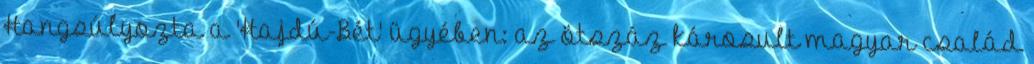
Hangsúlyozta a 'Hajdú-Bét' ügyében: az ötszáz károsult magyar család